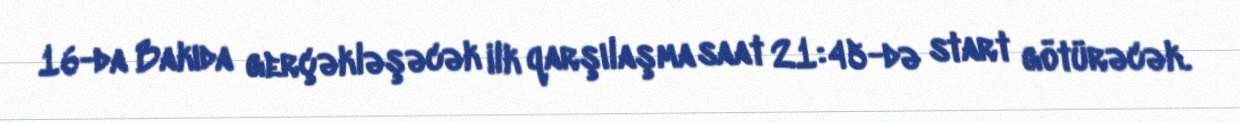
16-da Bakıda gerçəkləşəcək ilk qarşılaşma saat 21:45-də start götürəcək.